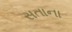
સતાના